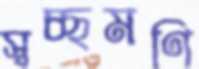
স্বচ্ছমণি